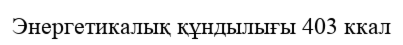
Энергетикалық құндылығы 403 ккал